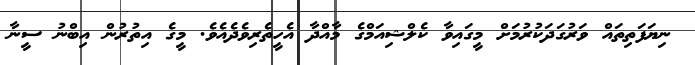
ނިޔަފަތިތައް ވަރުގަދަކުރުމަށް މީގައިވާ ކެލްޝިއަމްގެ މާއްދާ އެހީތެރިވެދެއެވެ. މީގެ އިތުރުން އިބްނު ސީނާ